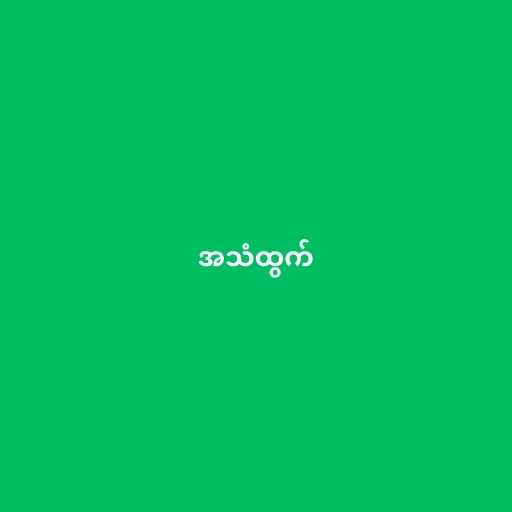
အသံထွက်